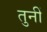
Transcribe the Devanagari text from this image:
तुनीं